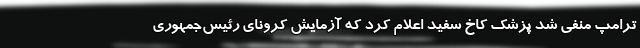
ترامپ منفی شد پزشک کاخ سفید اعلام کرد که آزمایش کرونای رئیس‌جمهوری